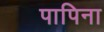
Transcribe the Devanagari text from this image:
पापिना